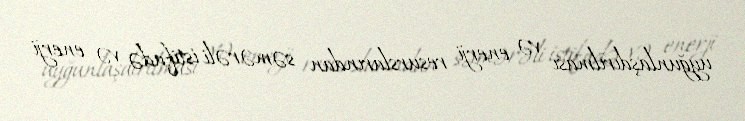
uyğunlaşdırılması və enerji resurslarından səmərəli istifadə və enerji